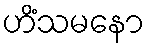
ဟိံသမနော